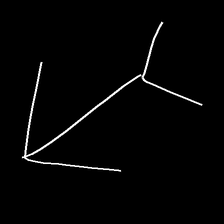
Glyph: gather